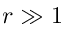
r \gg 1